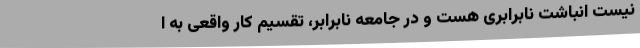
نیست انباشت نابرابری هست و در جامعه نابرابر، تقسیم کار واقعی به ا